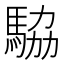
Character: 𬳫